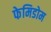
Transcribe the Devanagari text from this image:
फेमिडोम